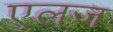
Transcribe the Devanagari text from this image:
एलज